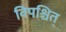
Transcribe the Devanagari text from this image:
विपश्चित्‌